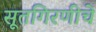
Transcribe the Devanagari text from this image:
सूतगिरणीचे